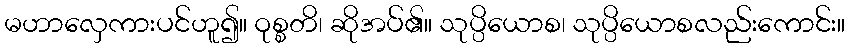
မဟာလှေကားပင်ဟူ၍။ ဝုစ္စတိ၊ ဆိုအပ်၏။ သုပ္ပိယောစ၊ သုပ္ပိယောစလည်းကောင်း။